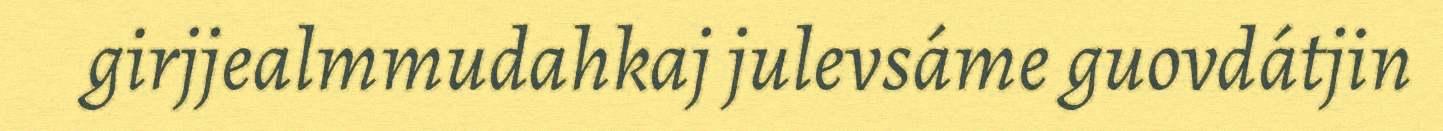
girjjealmmudahkaj julevsáme guovdátjin